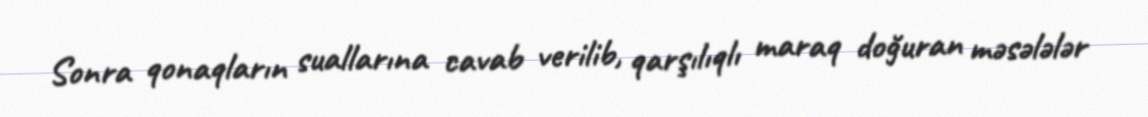
Sonra qonaqların suallarına cavab verilib, qarşılıqlı maraq doğuran məsələlər